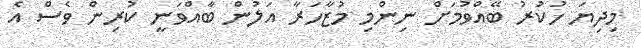
މިދިޔަ ހުކުރު ބޭއްވުމަށް ނިންމި މުޒާހަރާ އަލުން ބާއްވަނީ ކުރިން ވެސް އެ